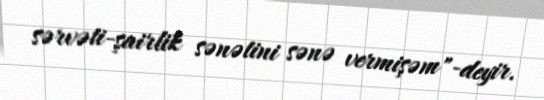
sərvəti-şairlik sənətini sənə vermişəm"-deyir.